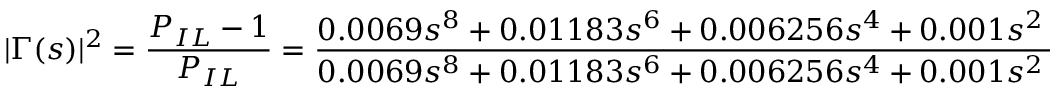
| \Gamma ( s ) | ^ { 2 } = \frac { P _ { I L } - 1 } { P _ { I L } } = \frac { 0 . 0 0 6 9 s ^ { 8 } + 0 . 0 1 1 8 3 s ^ { 6 } + 0 . 0 0 6 2 5 6 s ^ { 4 } + 0 . 0 0 1 s ^ { 2 } + 0 . 0 0 3 } { 0 . 0 0 6 9 s ^ { 8 } + 0 . 0 1 1 8 3 s ^ { 6 } + 0 . 0 0 6 2 5 6 s ^ { 4 } + 0 . 0 0 1 s ^ { 2 } + 1 . 0 0 3 } .